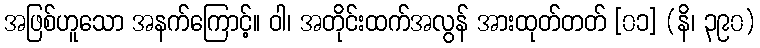
အဖြစ်ဟူသော အနက်ကြောင့်။ ဝါ၊ အတိုင်းထက်အလွန် အားထုတ်တတ် [၀၁] (နိ၊ ၃၉၀)